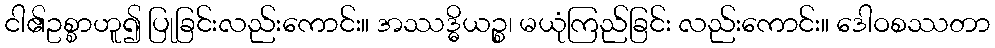
ငါ၏ဥစ္စာဟူ၍ ပြုခြင်းလည်းကောင်း။ အဿဒ္ဓိယဉ္စ၊ မယုံကြည်ခြင်း လည်းကောင်း။ ဒေါဝစဿတာ